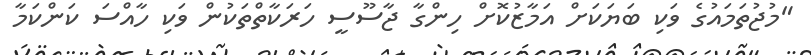
"މުޖުތަމައުގެ ވަކި ބަޔަކަށް އަމާޒުކޮށް ހިންގާ ޖާސޫސީ ހަރަކާތްތަކުން ވަކި ހާއްސަ ކަންކަމާ